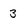
Character: 3